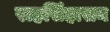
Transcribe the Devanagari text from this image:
राहसिंहासन